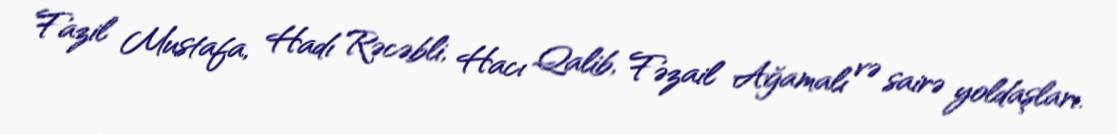
Fazil Mustafa, Hadı Rəcəbli, Hacı Qalib, Fəzail Ağamalı və sairə yoldaşları.